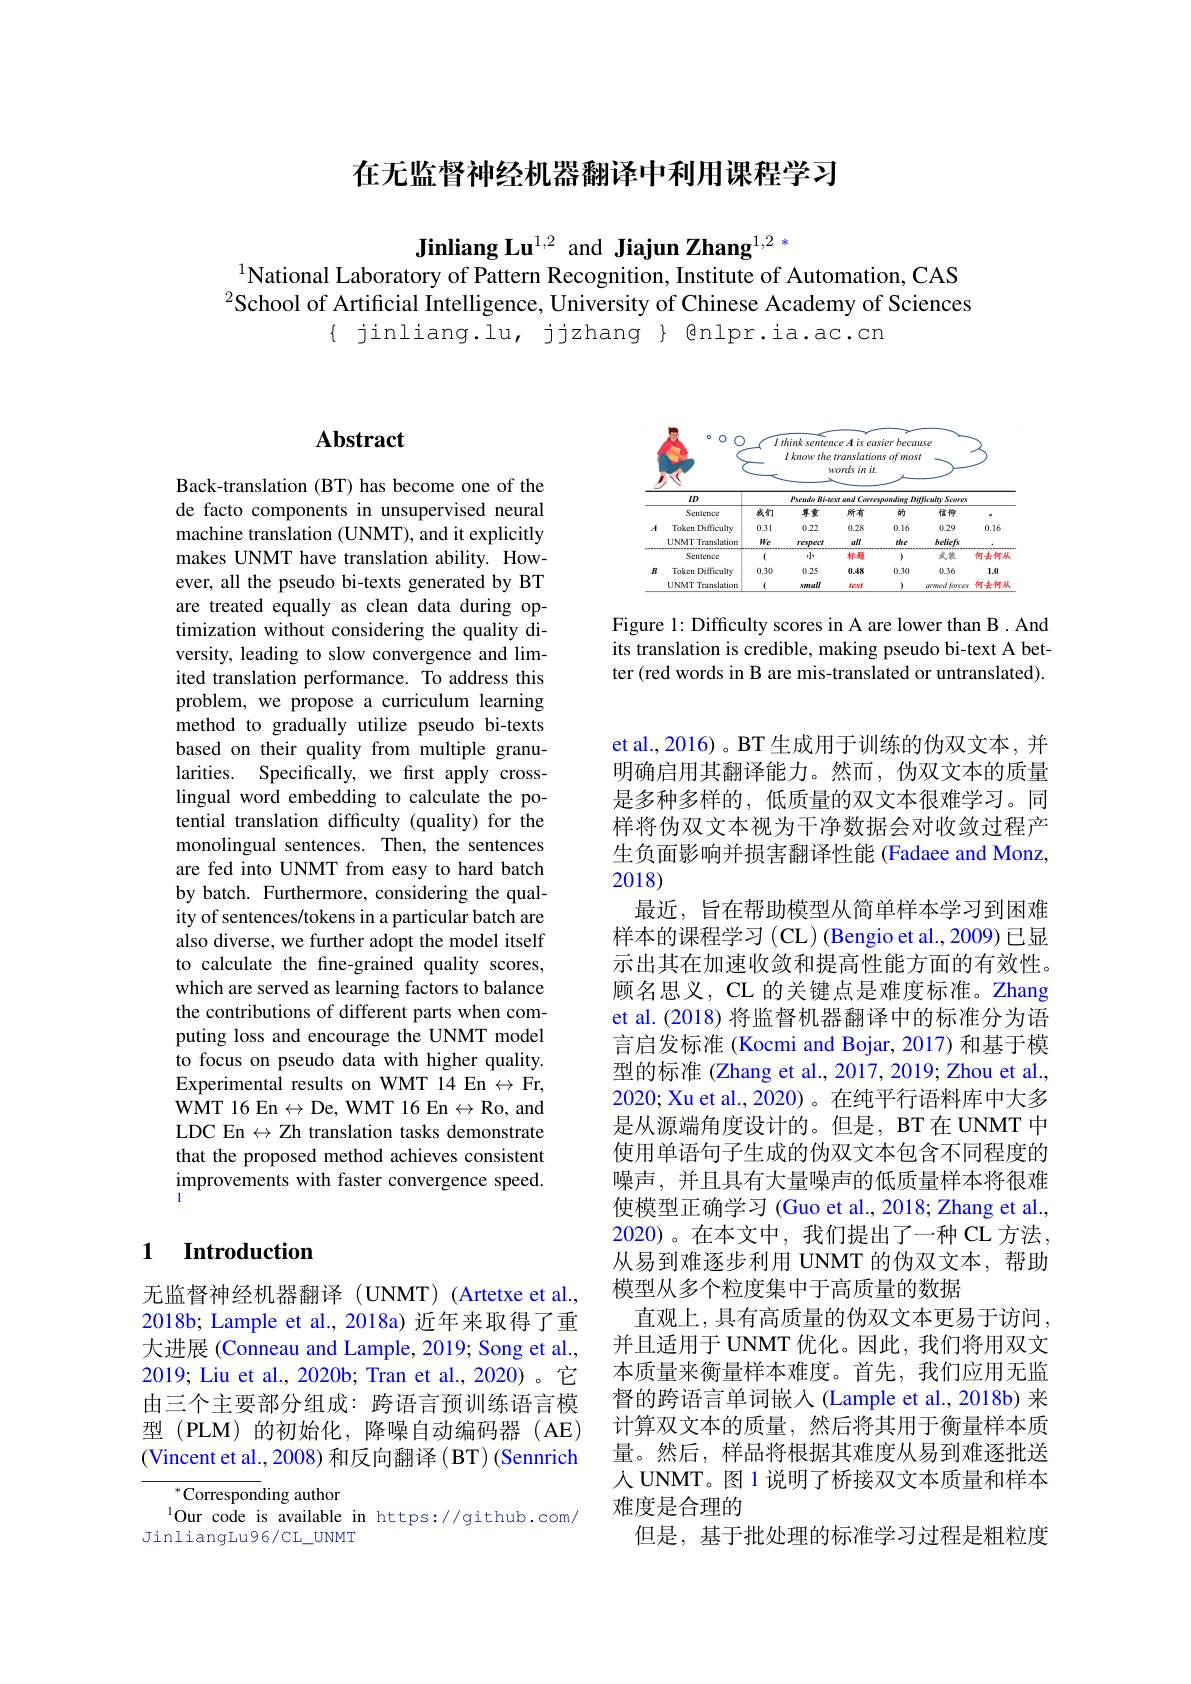
在无监督神经机器翻译中利用课程学习

Jinliang Lu$^{1,2}$ and Jiajun Zhang$^{1,2}$ *
$^{1}$National Laboratory of Pattern Recognition, Institute of Automation, CAS $^{2}$School of Artificial Intelligence, University of Chinese Academy of Sciences
$\{$ jinliang.lu, jjzhang $\}$ Qnlpr.ia.ac.cn

## $\mathbf{Abstract}$

Back-translation (BT) has become one of the de facto components in unsupervised neural machine translation (UNMT), and it explicitly makes UNMT have translation ability. However, all the pseudo bi-texts generated by BT are treated equally as clean data during optimization without considering the quality diversity, leading to slow convergence and limited translation performance. To address this problem, we propose a curriculum learning method to gradually utilize pseudo bi-texts based on their quality from multiple granularities. Specifically, we first apply crosslingual word embedding to calculate the potential translation difficulty (quality) for the monolingual sentences. Then, the sentences are fed into UNMT from easy to hard batch by batch. Furthermore, considering the quality of sentences/tokens in a particular batch are also diverse, we further adopt the model itself to calculate the fine-grained quality scores, which are served as learning factors to balance the contributions of different parts when computing loss and encourage the UNMT model to focus on pseudo data with higher quality. Experimental results on WMT 14 En $\leftrightarrow$Fr, WMT 16 En $\leftrightarrow$De, WMT 16 En$\leftrightarrow$Ro, and LDC En $\leftrightarrow$ Zh translation tasks demonstrate that the proposed method achieves consistent improvements with faster convergence speed.

### 1 $\textbf{Introduction}$

无监督神经机器翻译(UNMT)(Artetxe et al. 2018b; Lample et al., 2018a) 近年来取得了重大进展 (Conneau and Lample, 2019; Song et al., 2019; Liu et al., 2020b; Tran et al., 2020)。它由三个主要部分组成：跨语言预训练语言模型 (PLM) 的初始化，降噪自动编码器 (AE) (Vincent et al., 2008) 和反向翻译 ( BT) (Sennrich

$^{*}$Corresponding author
$^{1}$Our code is available in https://github.com/
JinliangLu96/CL\_UNMT

<FigureHere>

Figure 1: Difficulty scores in A are lower than B . And its translation is credible, making pseudo bi-text A better (red words in B are mis-translated or untranslated).

et al., 2016) 。BT 生成用于训练的伪双文本 , 并明确启用其翻译能力。然而，伪双文本的质量是多种多样的，低质量的双文本很难学习。同样将伪双文本视为干净数据会对收敛过程产生负面影响并损害翻译性能 (Fadaee and Monz,

## 2018)

最近，旨在帮助模型从简单样本学习到困难样本的课程学习(CL)(Bengio et al., 2009) 已显示出其在加速收敛和提高性能方面的有效性。顾名思义，CL 的关键点是难度标准。Zhang et al.(2018) 将监督机器翻译中的标准分为语言启发标准 (Kocmi and Bojar, 2017) 和基于模型的标准 (Zhang et al., 2017, 2019; Zhou et al., 2020; Xu et al., 2020)。在纯平行语料库中大多是从源端角度设计的。但是，BT 在 UNMT 中使用单语句子生成的伪双文本包含不同程度的噪声，并且具有大量噪声的低质量样本将很难使模型正确学习 (Guo et al., 2018; Zhang et al., 2020)。在本文中，我们提出了一种 CL 方法。从易到难逐步利用 UNMT 的伪双文本，帮助模型从多个粒度集中于高质量的数据
直观上，具有高质量的伪双文本更易于访问并且适用于 UNMT 优化。因此，我们将用双文本质量来衡量样本难度。首先，我们应用无监督的跨语言单词嵌入(Lample et al., 2018b) 来计算双文本的质量，然后将其用于衡量样本质量。然后，样品将根据其难度从易到难逐批送人 UNMT。图 1 说明了桥接双文本质量和样本难度是合理的
但是，基于批处理的标准学习过程是粗粒度